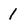
Character: 1